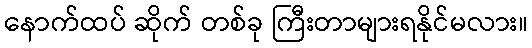
နောက်ထပ် ဆိုက် တစ်ခု ကြီးတာများရနိုင်မလား။